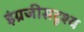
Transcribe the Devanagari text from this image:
इंग्रजीसदृश्य